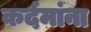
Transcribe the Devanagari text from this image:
कर्दमांना